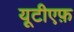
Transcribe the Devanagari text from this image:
यूटीएफ़